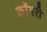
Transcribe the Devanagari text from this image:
कोंगरी